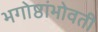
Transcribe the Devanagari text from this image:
भगोष्ठांभोवती